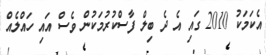
އެކަމަކު 2010 ގައި އެ ދެ ބިލް ފާސްކުރުމަކުން ވެސް އައި ހައްލެއް